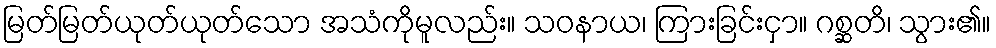
မြတ်မြတ်ယုတ်ယုတ်သော အသံကိုမူလည်း။ သဝနာယ၊ ကြားခြင်းငှာ။ ဂစ္ဆတိ၊ သွား၏။